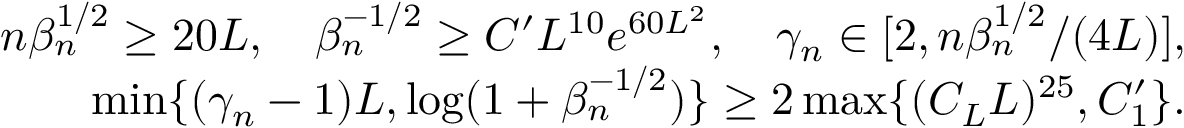
\begin{array} { r l r } & { } & { n \beta _ { n } ^ { 1 \slash 2 } \geq 2 0 L , \quad \beta _ { n } ^ { - 1 \slash 2 } \geq C ^ { \prime } L ^ { 1 0 } e ^ { 6 0 L ^ { 2 } } , \quad \gamma _ { n } \in [ 2 , n \beta _ { n } ^ { 1 \slash 2 } \slash ( 4 L ) ] , } \\ & { } & { \operatorname* { m i n } \{ ( \gamma _ { n } - 1 ) L , \log ( 1 + \beta _ { n } ^ { - 1 \slash 2 } ) \} \geq 2 \operatorname* { m a x } \{ ( C _ { L } L ) ^ { 2 5 } , C _ { 1 } ^ { \prime } \} . } \end{array}